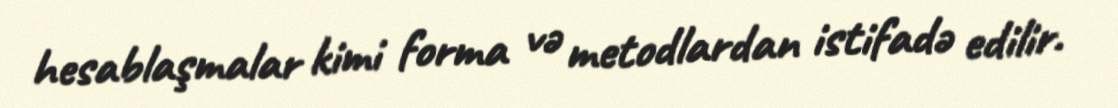
hesablaşmalar kimi forma və metodlardan istifadə edilir.